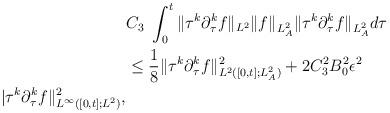
LaTeX: \begin{align*}&C_3\ \int^t_0\|\tau^{k}\partial^{k}_\tau f\|_{L^2}\| f\|_{L^2_A}\|\tau^k\partial^k_\tau f\|_{L^2_A}d\tau\\&\le \frac{1}{8}\|\tau^k\partial^k_\tau f\|^2_{L^2([0,t];L^2_A)}+2C^2_3 B^2_0\epsilon^2\\|\tau^{k}\partial^{k}_\tau f\|^2_{L^\infty([0, t]; L^2)},\end{align*}